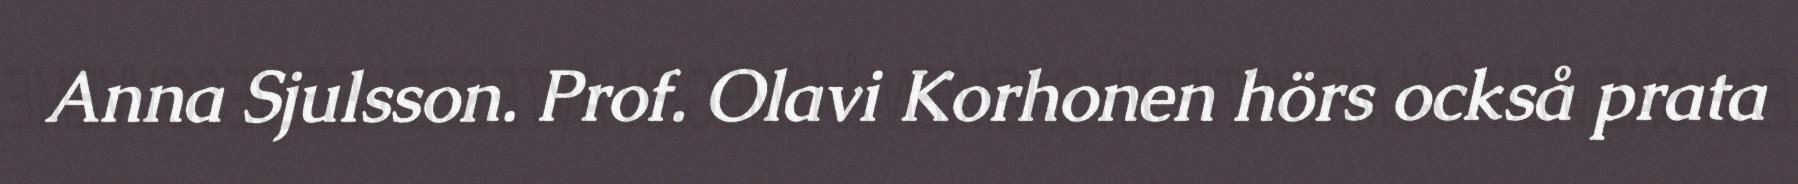
Anna Sjulsson. Prof. Olavi Korhonen hörs också prata